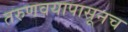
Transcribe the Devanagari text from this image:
तरुणवयापासूनच